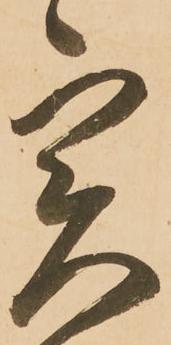
実